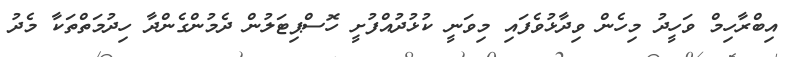
އިބްރާހިމް ވަހީދު މިހެން ވިދާޅުވެފައި މިވަނީ ކުޅުދުއްފުށީ ހޮސްޕިޓަލުން ދެމުންގެންދާ ހިދުމަތްތަކާ މެދު